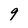
Character: 9